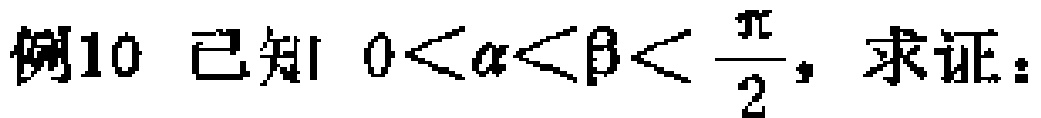
例10 已知\(0<\alpha<\beta<\frac{\pi}{2}\)，求证：